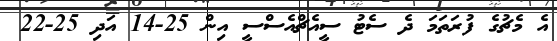
އެ މެޗުގެ ފުރަތަމަ ދެ ސެޓު ސީއެޗްއެސްސީ އިން 25-14 އަދި 25-22